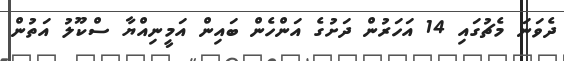
ދެވަނަ މެޗުގައި 14 އަހަރުން ދަށުގެ އަންހެން ބައިން އަމީނިއްޔާ ސްކޫލު އަތުން